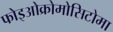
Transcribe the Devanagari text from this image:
फोइओक्रोमोसिटोमा